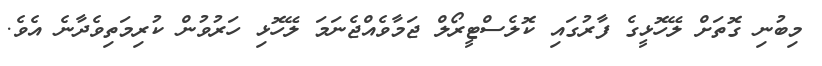
މިބުނި ގޮތަށް ލޭހޮޅީގެ ފާރުގައި ކޮލެސްޓީރޯލް ޖަމާވެއްޖެނަމަ ލޭހޮޅި ހަރުވުން ކުރިމަތިވެދާނެ އެވެ.